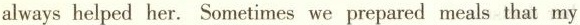
always helped her. Sometimes we prepared meals that my